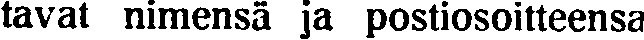
tavat nimensä ja postiosoitteensa